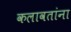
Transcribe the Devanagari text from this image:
कलावतांना